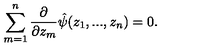
\sum _ { m = 1 } ^ { n } \frac { \partial } { \partial z _ { m } } \hat { \psi } ( z _ { 1 } , . . . , z _ { n } ) = 0 .